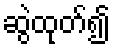
ဆွဲထုတ်၍